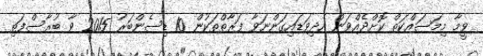
ވީމާ މިމަސައްކަތް ކޮށްދެއްވަން އެދިވަޑައިގަންނަވާ ފަރާތްތަކުން 10 ޑިސެންބަރު 2015 ވާ ބުރާސްފަތި